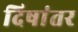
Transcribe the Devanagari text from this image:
दिषांतर